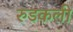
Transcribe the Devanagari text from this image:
रुडकली